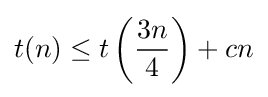
t(n)\leq t\left({\frac {3n}{4}}\right)+cn